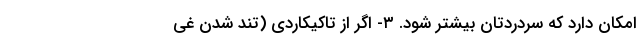
امکان دارد که سردردتان بیشتر شود. ۳- اگر از تاکیکاردی (تند شدن غی